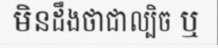
មិនដឹងថាជាល្បិច ឬ